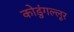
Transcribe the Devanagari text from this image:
कोडुंगल्लूर